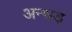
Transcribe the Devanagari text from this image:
अन्धड़